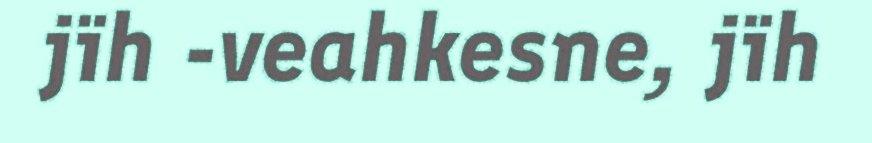
jïh -veahkesne, jïh